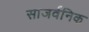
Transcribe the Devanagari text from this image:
साजर्वनिक